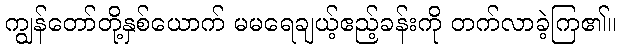
ကျွန်တော်တို့နှစ်ယောက် မမရေချယ့်ဧည့်ခန်းကို တက်လာခဲ့ကြ၏။